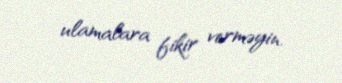
ulamalara fikir verməyin.